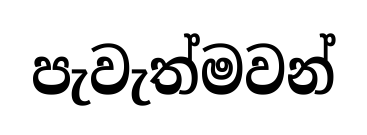
පැවැත්මවන්